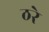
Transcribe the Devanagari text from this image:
ठरे